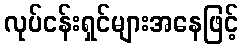
လုပ်ငန်းရှင်များအနေဖြင့်